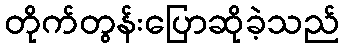
တိုက်တွန်းပြောဆိုခဲ့သည်